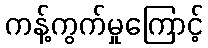
ကန့်ကွက်မှုကြောင့်